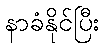
နာခံနိုင်ပြီး